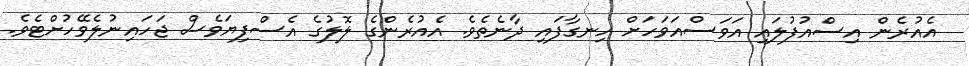
އެއުރެން އިސްއުފުލައި އަވަސްއަވަހަށް ހިނގާފައި ދާނެތެވެ. އެއުރެންގެ ލޮލުގެ އެސްފިޔަވެސް ޖަހައިނުލެވޭހުށްޓެވެ.